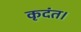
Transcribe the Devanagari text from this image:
कृदंत।